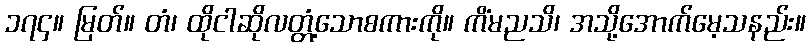
၁၇၄။ မြတ်။ တံ၊ ထိုငါဆိုလတ္တံ့သောစကားကို။ ကိံမညသိ၊ အသို့အောက်မေ့သနည်း။